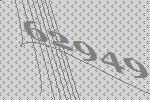
62949